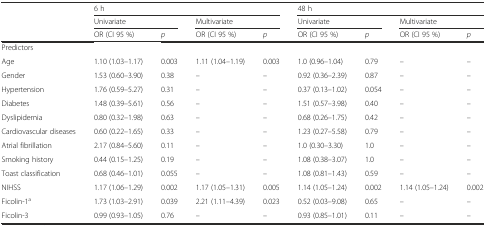
<table><thead><tr><td rowspan="2"></td><td colspan="4"><b>6 h</b></td><td colspan="4"><b>48 h</b></td></tr><tr><td colspan="2"><b>Univariate</b></td><td colspan="2"><b>Multivariate</b></td><td colspan="2"><b>Univariate</b></td><td colspan="2"><b>Multivariate</b></td></tr><tr><td></td><td><b>OR (CI 95 %)</b></td><td><b><i>p</i></b></td><td><b>OR (CI 95 %)</b></td><td><b><i>p</i></b></td><td><b>OR (CI 95 %)</b></td><td><b><i>p</i></b></td><td><b>OR (CI 95 %)</b></td><td><b><i>p</i></b></td></tr></thead><tbody><tr><td colspan="9">Predictors</td></tr><tr><td>Age</td><td>1.10 (1.03–1.17)</td><td>0.003</td><td>1.11 (1.04–1.19)</td><td>0.003</td><td>1.0 (0.96–1.04)</td><td>0.79</td><td>–</td><td>–</td></tr><tr><td>Gender</td><td>1.53 (0.60–3.90)</td><td>0.38</td><td>–</td><td>–</td><td>0.92 (0.36–2.39)</td><td>0.87</td><td>–</td><td>–</td></tr><tr><td>Hypertension</td><td>1.76 (0.59–5.27)</td><td>0.31</td><td>–</td><td>–</td><td>0.37 (0.13–1.02)</td><td>0.054</td><td>–</td><td>–</td></tr><tr><td>Diabetes</td><td>1.48 (0.39–5.61)</td><td>0.56</td><td>–</td><td>–</td><td>1.51 (0.57–3.98)</td><td>0.40</td><td>–</td><td>–</td></tr><tr><td>Dyslipidemia</td><td>0.80 (0.32–1.98)</td><td>0.63</td><td>–</td><td>–</td><td>0.68 (0.26–1.75)</td><td>0.42</td><td>–</td><td>–</td></tr><tr><td>Cardiovascular diseases</td><td>0.60 (0.22–1.65)</td><td>0.33</td><td>–</td><td>–</td><td>1.23 (0.27–5.58)</td><td>0.79</td><td>–</td><td>–</td></tr><tr><td>Atrial fibrillation</td><td>2.17 (0.84–5.60)</td><td>0.11</td><td>–</td><td>–</td><td>1.0 (0.30–3.30)</td><td>1.0</td><td>–</td><td>–</td></tr><tr><td>Smoking history</td><td>0.44 (0.15–1.25)</td><td>0.19</td><td>–</td><td>–</td><td>1.08 (0.38–3.07)</td><td>1.0</td><td>–</td><td>–</td></tr><tr><td>Toast classification</td><td>0.68 (0.46–1.01)</td><td>0.055</td><td>–</td><td>–</td><td>1.08 (0.81–1.43)</td><td>0.59</td><td>–</td><td>–</td></tr><tr><td>NIHSS</td><td>1.17 (1.06–1.29)</td><td>0.002</td><td>1.17 (1.05–1.31)</td><td>0.005</td><td>1.14 (1.05–1.24)</td><td>0.002</td><td>1.14 (1.05–1.24)</td><td>0.002</td></tr><tr><td>Ficolin-1<sup>a</sup></td><td>1.73 (1.03–2.91)</td><td>0.039</td><td>2.21 (1.11–4.39)</td><td>0.023</td><td>0.52 (0.03–9.08)</td><td>0.65</td><td>–</td><td>–</td></tr><tr><td>Ficolin-3</td><td>0.99 (0.93–1.05)</td><td>0.76</td><td>–</td><td>–</td><td>0.93 (0.85–1.01)</td><td>0.11</td><td>–</td><td>–</td></tr></tbody></table>